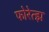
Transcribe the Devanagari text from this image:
फोरेत्झ